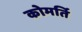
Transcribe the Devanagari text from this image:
कोमर्ति